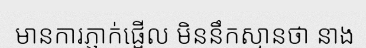
មានការភ្ញាក់ផ្អើល មិននឹកស្មានថា នាង